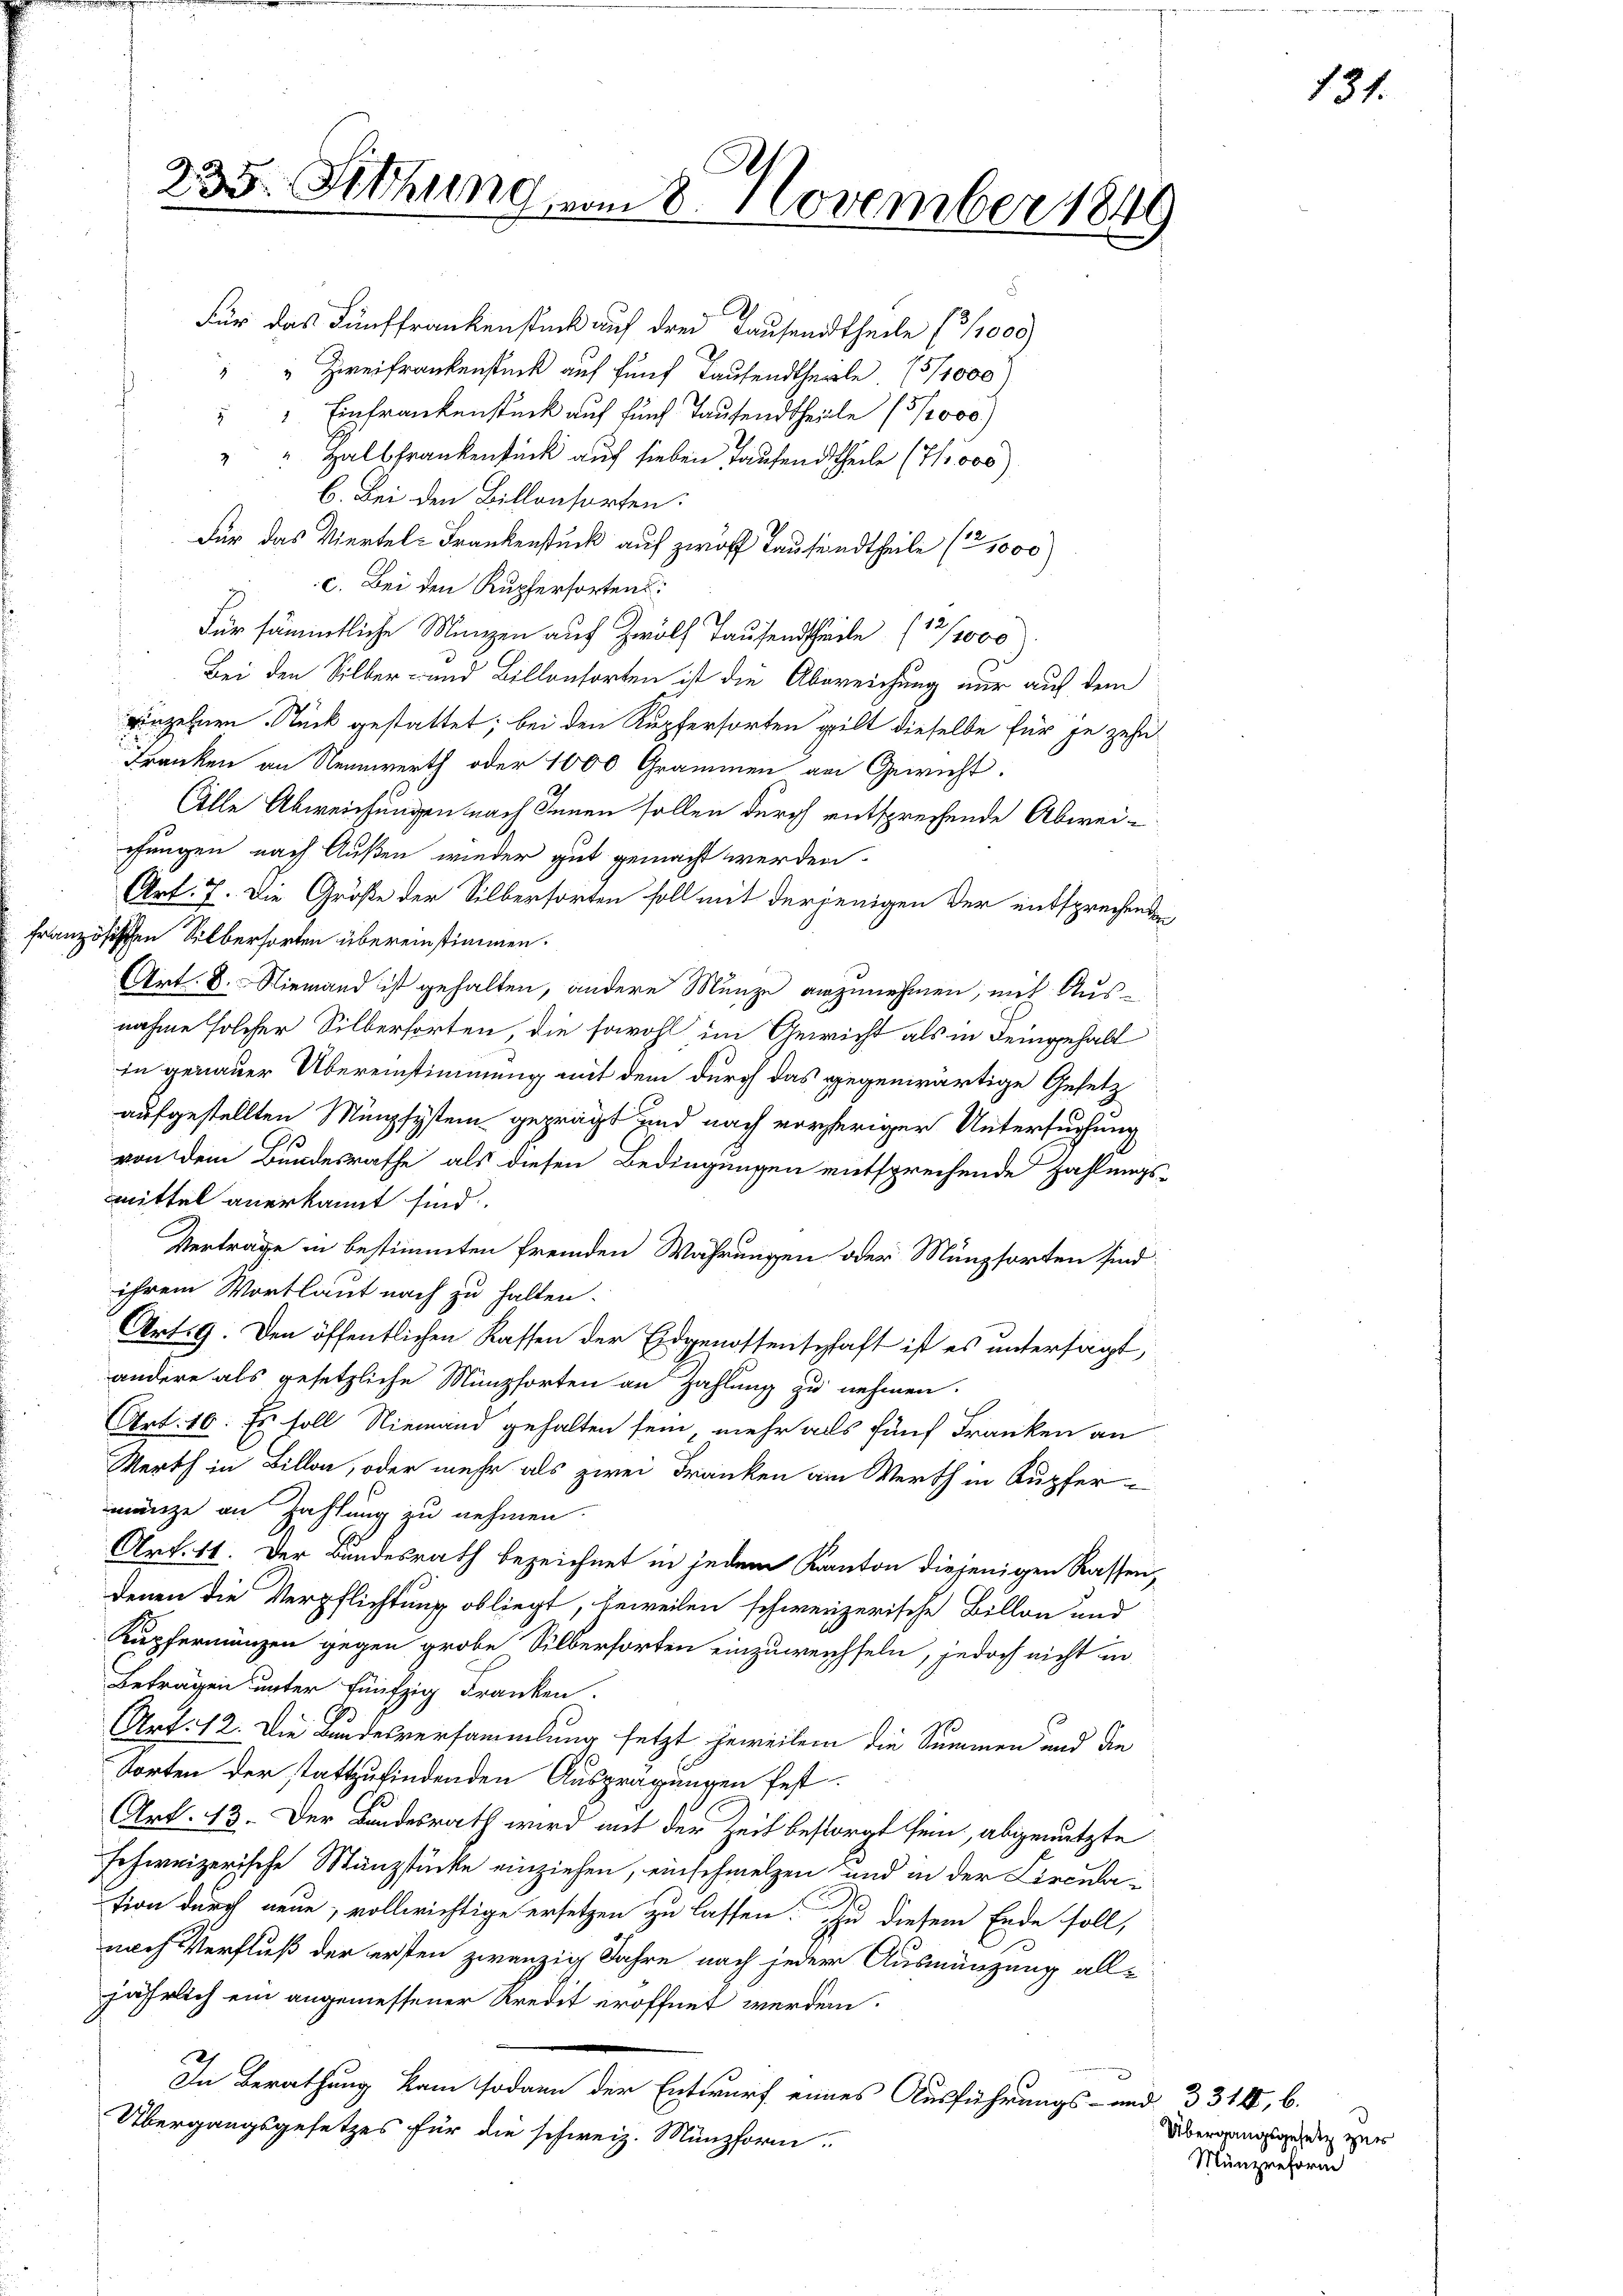
"" Einfrankenstück auf fünf Tausendtheille (3/2000)
Halbfrankenstück auf sieben Taufendtheile (71,000)
g
b. Bei den Billonsorten:
Für das Viertel-Frankenstück auf zwölf Tausendtheile (2,000)
c. Bei den Kupferfortens:
Für sämmtliche Münzen auf Zwölf Tausendtheile (13/1000
Bei den Silber- und Billonsorten ist die Abgreichung nur auf dem
einzelnen Stück gestattet; bei den Kupfersorten gilt dieselbe für je zehn¬
Franken an Nennwerth oder 1000 Grammen am Gewicht.
Alle Abweichungen nach Innen sollen durch entsprechende Abweiefungen nach Außen wieder gut gemacht werden.
Art. 7. Die Größe der Silberforten soll mit derjenigen der entsprechenden
französischen Silberforden übereinstimmen.
Art. 8. Niemand ist gehalten, andere Münze anzunehmen, mit Ausnahme solcher Silberforten, die sowohl im Gewicht als in Deingehalt
in genauer Übereinstimmung mit dem durch das gegenwärtige Gesetz
aufgestellten Münzsystem geprägt und nach vorheriger Untersuchung
von dem Bundesrathe als diesen Bedingungen entsprechende Zahlungs-
mmittel anerkannt sind.
Vertrage in bestimmten fremden Währungen oder Münzsorten sind
ihrem Wortlaut nach zu halten.
Art. 9. Den öffentlichen Kassen der Eidgenossenschaft ist es untersagt,
andere als gesetzliche Münzforten an Zahlung zu nehmen.
Art. 16. Es soll Niemand gehalten sein, mehr als fünf Franken an
Werth in Billon, oder mehr als zwei Franken am Werth in Kupfer-
münze an Zahlung zu nehmen.
Art. 11. Der Bundesrath bezeichnet in jedem Kanton diejenigen Rassen,
denen die Verpflichtung obliegt, beweilen schweizerische Billon und
Kupfernanzen gegen grobe Silberforten einzuweichseln, jedoch nicht in
Betragen unter fünfzig dranken.
Art. 12. Die Bundesversammlung setzt jeweilen die Summen und die
torten der stattzufindenden Ausprägungen fest-
Art. 13. Der Bundesrath wird mit der Zeit besorgt sein, abgenutzte
schweizerische Manzstücke einziehen, einschmelzen und in der Circulation durch neue, vollwichtige ersetzen zu lassen. Zu diesem Ende soll,
nach Verfluß der ersten zwanzig Jahre nach jeder Ausmänzung alljährlich ein angemessener Kredit eröffnet werden.
In Berathung kam sodann der Entwurf eines Ausführungs- und 3314, 6.
Übergangsgesetzes für die schweiz. Münzform.

235. Sitzung vom 8. November 184

Für das Fünffrankenstück auf drei Tausendtheile (3/000)
" " Zweifrankenstück auf fünf Taufendtheile 15/1000

1

131.

Übergangsgesetz zur
Münzreform